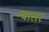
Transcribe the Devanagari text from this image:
न्यासर